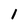
Character: 1